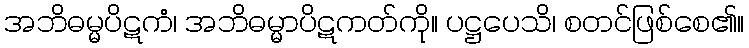
အဘိဓမ္မပိဋကံ၊ အဘိဓမ္မာပိဋကတ်ကို။ ပဋ္ဌပေသိ၊ စတင်ဖြစ်စေ၏။